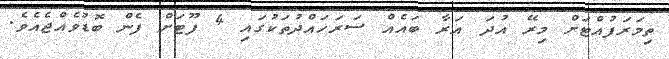
ތިމަރަފުއްޓަށް މިރޭ އުދަ އަރާ ބައެއް ސަރަހައްދުތަކުގައި 4 ފޫޓަށް ފެން ބޮޑުވެއްޖެއެވެ.